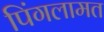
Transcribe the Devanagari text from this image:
पिंगलामत